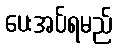
ပေးအပ်ရမည်